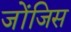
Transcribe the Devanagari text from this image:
जोंजिस